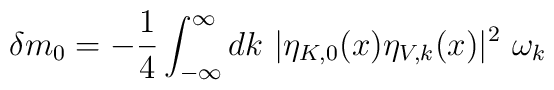
\delta m_0 =-\frac{1}{4}\int_{-\infty}^{\infty}dk~|\eta_{K,0}(x)\eta_{V,k}(x)|^2~\omega_k